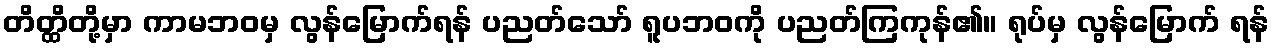
တိတ္ထိတို့မှာ ကာမဘဝမှ လွန်မြောက်ရန် ပညတ်သော် ရူပဘဝကို ပညတ်ကြကုန်၏။ ရုပ်မှ လွန်မြောက် ရန်